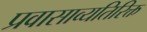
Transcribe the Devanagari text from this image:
प्रवासाव्यतिरिक्त